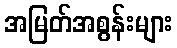
အမြတ်အစွန်းများ